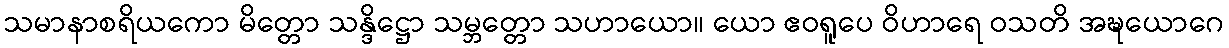
သမာနာစရိယကော မိတ္တော သန္ဒိဋ္ဌော သမ္ဘတ္တော သဟာယော။ ယော ဧဝရူပေ ဝိဟာရေ ဝသတိ အဍ္ဎယောဂေ